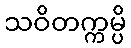
သဝိတက္ကမ္ပိ